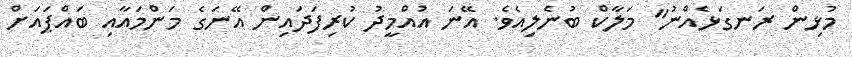
މުޅިން ރަނގަޅެއްނު" މަލާކް ބުނެލިއެވެ. އޭނަ އުއްމީދު ކުރިފަދައިން އޭނަގެ މަންމައާއި ބައްޕައަށް